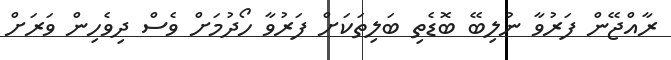
ރާއްޖޭން ފަރުވާ ނުލިބޭ ބޮޑެތި ބަލިތަކަށް ފަރުވާ ހޯދުމަށް ވެސް ދިވެހިން ވަރަށް